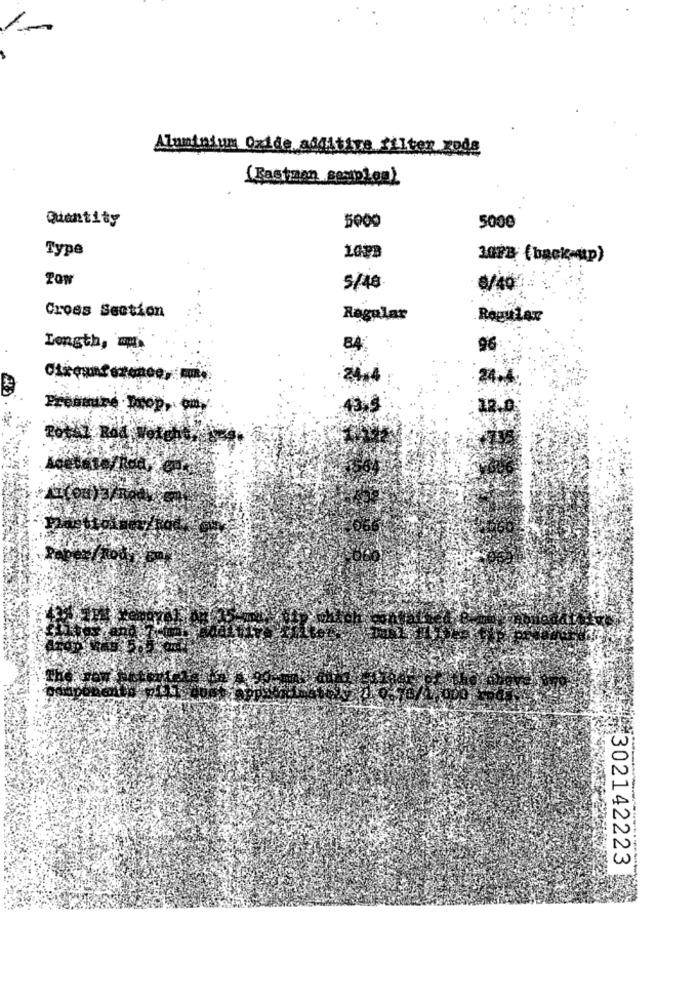
Aluminium Oxide additiva filter_xoda
(Fastmon seyplon)
Quantity
5000
5000
Type
10PB
107B (back-up)
TOw
5/48
€/40
Cross Section
Ragular
Regular
Longth, mu
BA
96
12.0
302142223